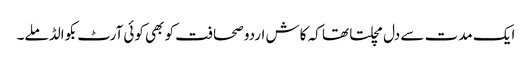
ایک مدت سے دل مچلتا تھا کہ کاش اردو صحافت کو بھی کوئی آرٹ بکوالڈ ملے۔